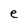
Character: e